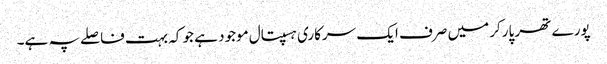
پورے تھر پارکر میں صرف ایک سرکاری ہسپتال موجود ہے جو کہ بہت فاصلے پہ ہے۔